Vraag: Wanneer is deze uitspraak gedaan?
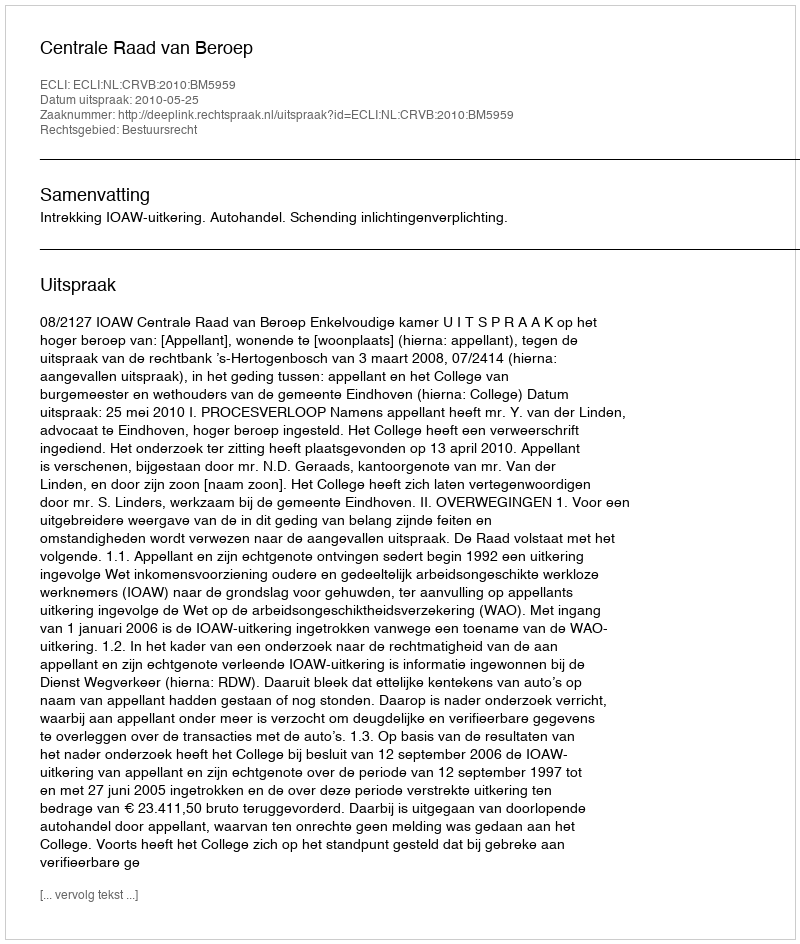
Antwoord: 2010-05-25